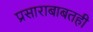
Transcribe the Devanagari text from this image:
प्रसाराबाबतही